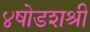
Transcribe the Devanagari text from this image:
४षोडशश्री